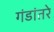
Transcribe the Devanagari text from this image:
गंडांतरे